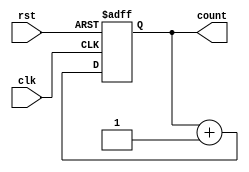
module cascaded_counter #(parameter N = 4) (
    input wire clk,        // Clock signal
    input wire rst,        // Asynchronous reset signal
    output reg [N-1:0] count // N-bit counter output
);

// Internal flip-flops for the counter
reg [N-1:0] ff;

always @(posedge clk or posedge rst) begin
    if (rst) begin
        // Asynchronous reset
        ff <= 0;
    end else begin
        // Counting logic
        ff <= ff + 1;
    end
end

// Assign the internal flip-flop state to the count output
assign count = ff;

endmodule